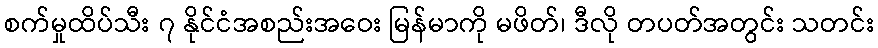
စက်မှုထိပ်သီး ၇ နိုင်ငံအစည်းအဝေး မြန်မာကို မဖိတ်၊ ဒီလို တပတ်အတွင်း သတင်း